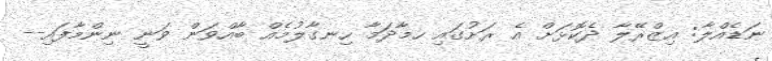
ނަޑެއްލާ: އިޒްރޭލާ ދެކޮޅަށް އެ ރަށުގައި ހމާދަމާ ހިނގާލުމެއް ބާއްވަން ވަނީ ނިންމާފައި--